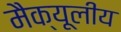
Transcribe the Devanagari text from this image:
मैक्यूलीय